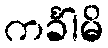
ကင်္ခါမိ